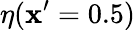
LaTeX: \eta(\mathbf{x}^{\prime}=0.5)